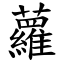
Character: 蘿